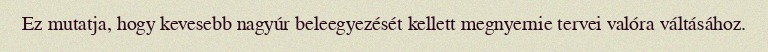
Ez mutatja, hogy kevesebb nagyúr beleegyezését kellett megnyernie tervei valóra váltásához.